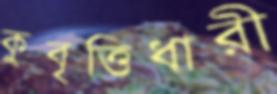
কুবৃত্তিধারী